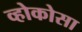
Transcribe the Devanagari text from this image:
व्होकोसा